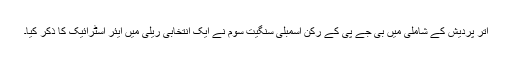
اتر پردیش کے شاملی میں بی جے پی کے رکن اسمبلی سنگیت سوم نے ایک انتخابی ریلی میں ایئر اسٹرائیک کا ذکر کیا۔